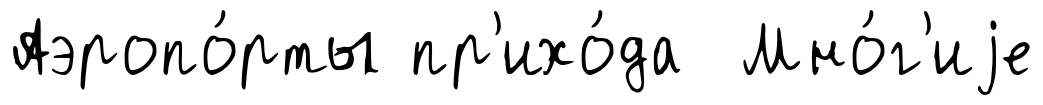
Аэропо́рты пр'ихо́да Мно́г'иjе